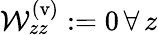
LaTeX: \mathcal{W}_{zz}^{\mathrm{(v)}}\mathrel{\mathop:}=0\, \forall\, z